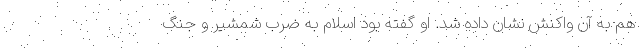
هم به آن واکنش نشان داده شد. او گفته بود اسلام به ضرب شمشیر و جنگ